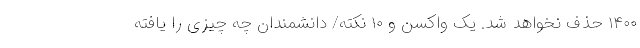
۱۴۰۰ حذف نخواهد شد. یک واکسن و ۱۰ نکته/ دانشمندان چه چیزی را یافته